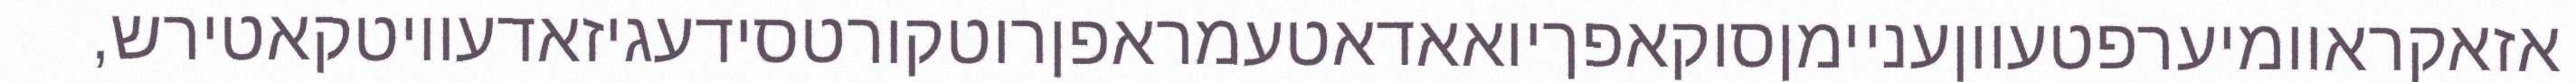
אזאקראוומיערפטעווןעניימןסוקאפךיואאדאטעמראפןרוטקורטסידעגיזאדעוויטקאטירש,